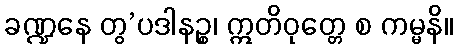
ခဏ္ဍနေ တွ’ပဒါနဉ္စ၊ ဣတိဝုတ္တေ စ ကမ္မနိ။